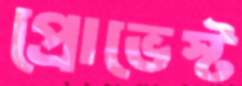
প্রোভেস্ট